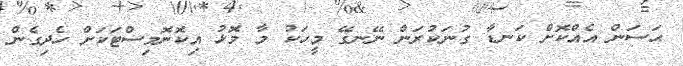
ޙަސަން އެއްކޮށް ކަނޑާ ގުނަކުރަން ނޭނގޭ މީހަކު މާ މޮޅު އިކޮނޮމިސްޓަކަށް ހެދިގެން